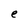
Character: e